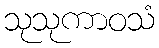
သုသုကာဝသံ